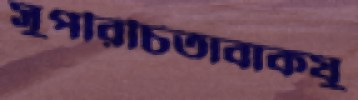
সুপরিচিতাবাকযু